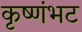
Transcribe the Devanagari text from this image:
कृष्णंभट